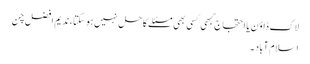
لاک ڈاؤن یا احتجاج کبھی کسی بھی مسئلے کا حل نہیں ہو سکتا ، ندیم افضل چن
اسلام آباد ۔